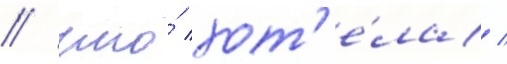
/ что́ хот'е́ла /